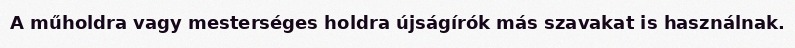
A műholdra vagy mesterséges holdra újságírók más szavakat is használnak.